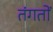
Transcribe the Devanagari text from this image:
तंगतों